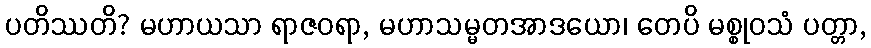
ပတိဿတိ? မဟာယသာ ရာဇဝရာ, မဟာသမ္မတအာဒယော၊ တေပိ မစ္စုဝသံ ပတ္တာ,